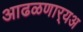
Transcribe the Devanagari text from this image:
आढळणार्‍यअ